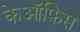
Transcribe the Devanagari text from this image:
केऑफ़िस